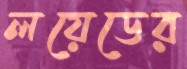
লয়েডের